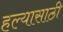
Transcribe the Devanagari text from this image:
हल्यासाठी